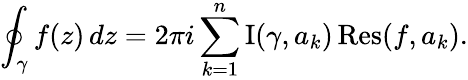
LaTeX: \oint_{\gamma}f(z)\, dz=2\pi i\sum_{k=1}^{n}\operatorname{I}(\gamma,a_{k})\operatorname{Res}(f,a_{k}).